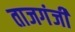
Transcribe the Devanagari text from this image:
ताजगंजी